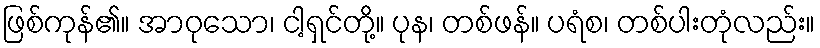
ဖြစ်ကုန်၏။ အာဝုသော၊ ငါ့ရှင်တို့။ ပုန၊ တစ်ဖန်။ ပရံစ၊ တစ်ပါးတုံလည်း။